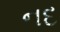
નદ